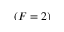
( F = 2 )